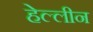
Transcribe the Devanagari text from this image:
हेल्लीन